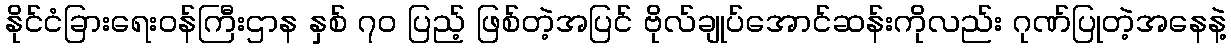
နိုင်ငံခြားရေးဝန်ကြီးဌာန နှစ် ၇၀ ပြည့် ဖြစ်တဲ့အပြင် ဗိုလ်ချုပ်အောင်ဆန်းကိုလည်း ဂုဏ်ပြုတဲ့အနေနဲ့